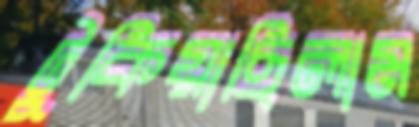
টুকিয়াছিলাম